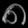
Digit: ၈